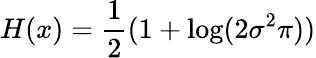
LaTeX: H(x)={\frac{1}{2}}(1+\log(2\sigma^{2}\pi))